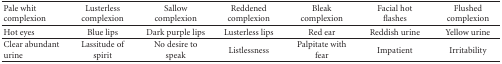
| Pale whit complexion | Lusterless complexion | Sallow complexion | Reddened complexion | Bleak complexion | Facial hot flashes | Flushed complexion |
 | --- | --- | --- | --- | --- | --- | --- |
 | Hot eyes | Blue lips | Dark purple lips | Lusterless lips | Red ear | Reddish urine | Yellow urine |
 | Clear abundant urine | Lassitude of spirit | No desire to speak | Listlessness | Palpitate with fear | Impatient | Irritability |